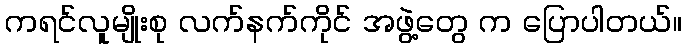
ကရင်လူမျိုးစု လက်နက်ကိုင် အဖွဲ့တွေ က ပြောပါတယ်။